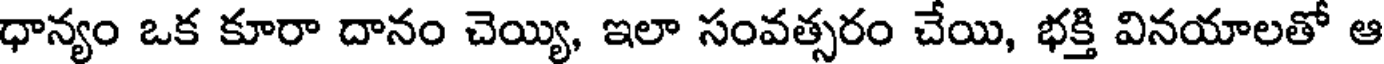
ధాన్యం ఒక కూరా దానం చెయ్యి, ఇలా సంవత్సరం చేయి, భక్తి వినయాలతో ఆ